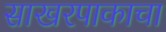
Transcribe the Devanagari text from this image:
साखरपाकाचा